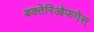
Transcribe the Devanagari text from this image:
बक्तेरिओफगेस